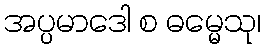
အပ္ပမာဒေါ စ ဓမ္မေသု၊